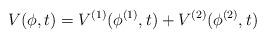
LaTeX: \begin{align*}V(\phi,t)=V^{(1)}(\phi^{(1)},t)+V^{(2)}(\phi^{(2)},t)\end{align*}